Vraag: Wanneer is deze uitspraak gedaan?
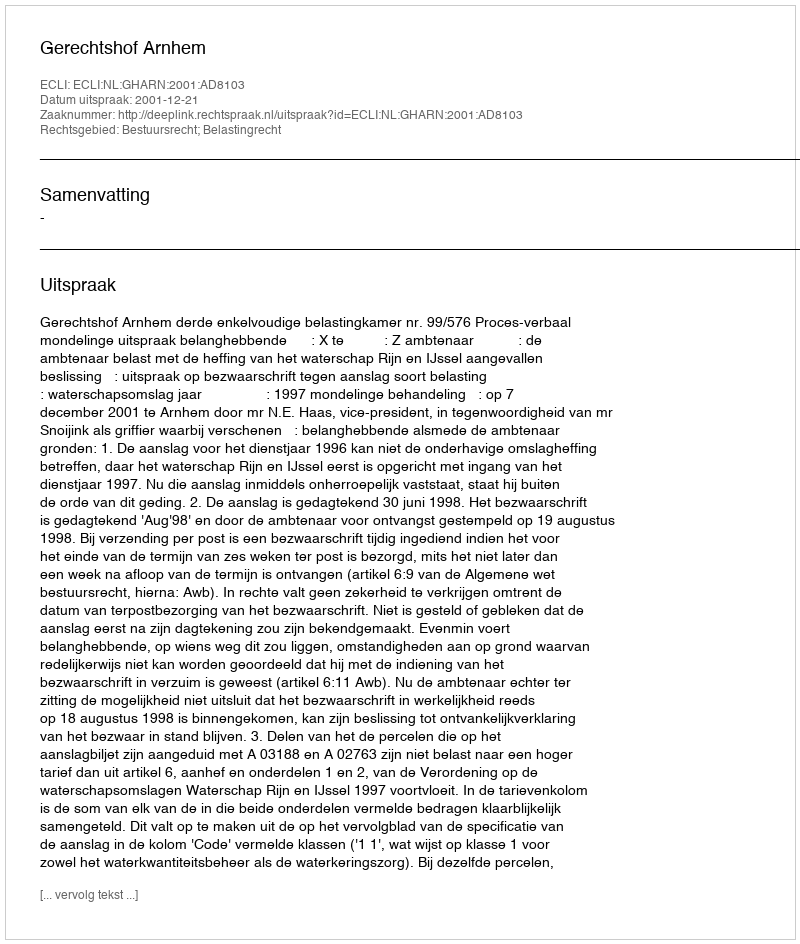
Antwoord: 2001-12-21